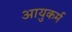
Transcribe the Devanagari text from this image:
आयुकर्म